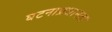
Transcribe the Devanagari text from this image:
घटनाप्रधानता